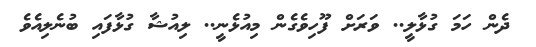
ދެން ހަމަ ގުޅާލީ.. ވަރަށް ފޫހިވެގެން މިއުޅެނީ.. ލިއުޝާ ގުޅާފައި ބުނެލިއެވެ